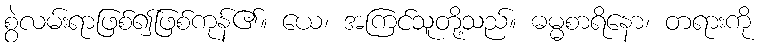
စွဲလမ်းရာဖြစ်၍ဖြစ်ကုန်၏။ ယေ၊ အကြင်သူတို့သည်။ ဓမ္မစာရိနော၊ တရားကို